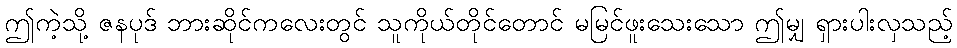
ဤကဲ့သို့ ဇနပုဒ် ဘားဆိုင်ကလေးတွင် သူကိုယ်တိုင်တောင် မမြင်ဖူးသေးသော ဤမျှ ရှားပါးလှသည့်